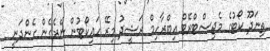
ތިނަދޫ ކޯޓުގެ މެޖިސްޓްރޭޓް އިބްރާހިމް ރަޝީދު މިރޭ ހައިކޯޓުން ނެރެގެން ގެންދަނީ